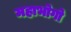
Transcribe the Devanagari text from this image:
महाभोगो